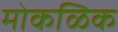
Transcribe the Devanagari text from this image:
मोकळिक